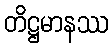
တိဋ္ဌမာနဿ